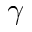
\gamma